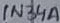
Text: 1N34A